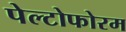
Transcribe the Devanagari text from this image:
पेल्टोफोरम